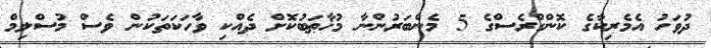
ދުވަހު އެމެރިކާގެ ކޮންގްރެސްގެ 5 މެންބަރުންނާ މުޚާޠަބުކޮށް ދެއްކި ވާހަކަތަކުން ވެސް މުސްލިމް